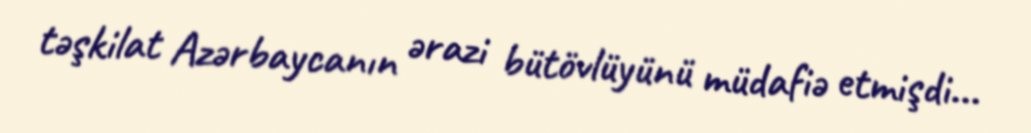
təşkilat Azərbaycanın ərazi bütövlüyünü müdafiə etmişdi...